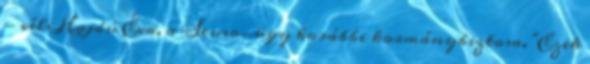
- véli Hajdú Éva, a Seuso-ügy korábbi kormánybiztosa. "Ezek